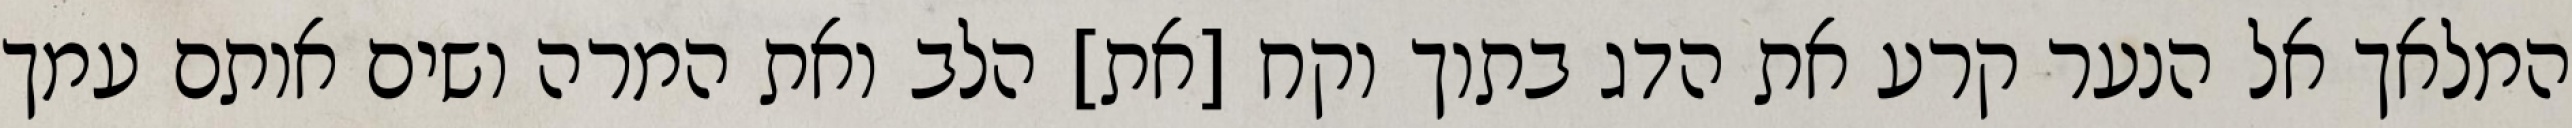
המלאך אל הנער קרע את הדג בתוך וקח [את] הלב ואת המרה ושים אותם עמך